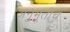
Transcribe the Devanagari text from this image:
अनुभूतीच